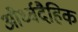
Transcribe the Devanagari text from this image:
और्ध्वदैहिक